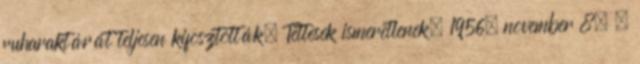
ruharaktárát teljesen kifosztották. Tettesek ismeretlenek. 1956. november 8. –